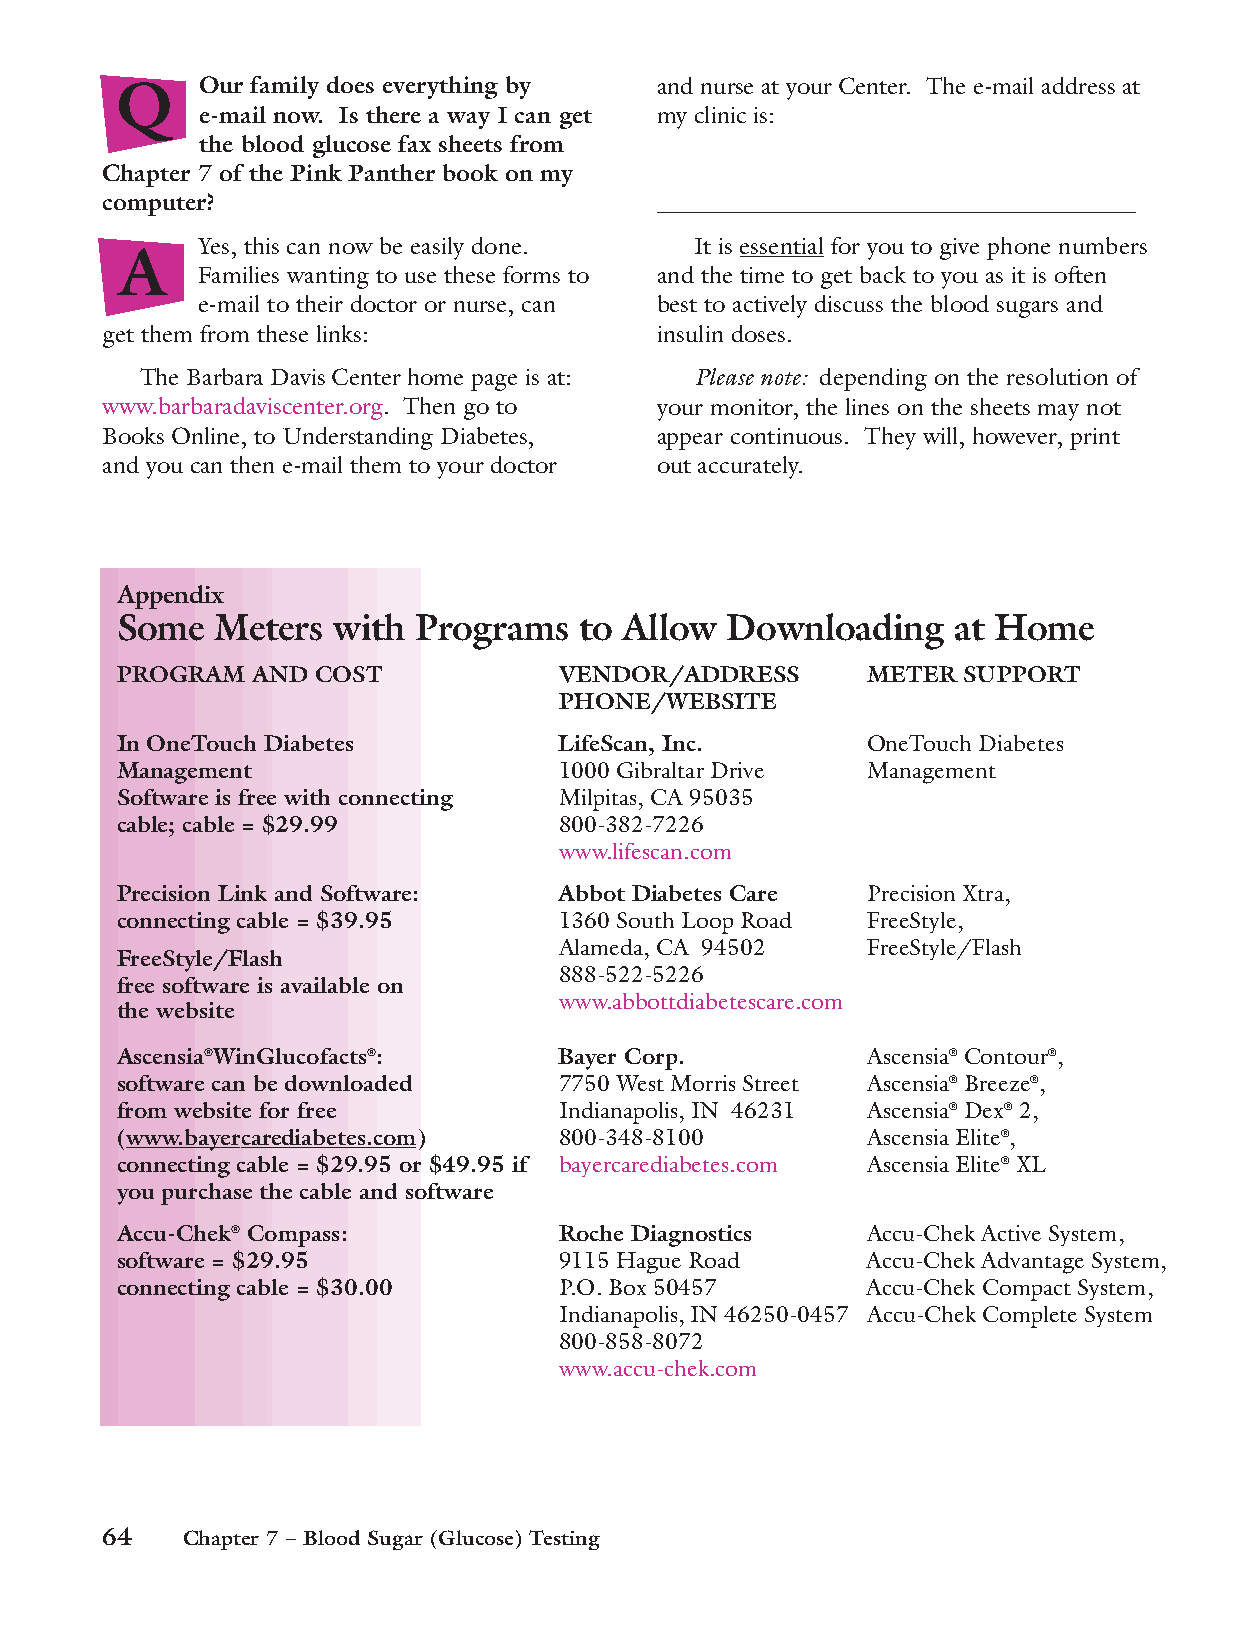
Q    Our family does everything by and nurse at your Center. The e-mail address at
 e-mail now. Is there a way I can get my clinic is:
 the blood glucose fax sheets from
 Chapter 7 of the Pink Panther book on my
 computer?                           ________________________________________
 Yes, this can now be easily done. It is essential for you to give phone numbers
 A
 Families wanting to use these forms to and the time to get back to you as it is often
 e-mail to their doctor or nurse, can best to actively discuss the blood sugars and
 get them from these links:          insulin doses.
 The Barbara Davis Center home page is at: Please note: depending on the resolution of
 www.barbaradaviscenter.org. Then go to your monitor, the lines on the sheets may not
 Books Online, to Understanding Diabetes, appear continuous. They will, however, print
 and you can then e-mail them to your doctor out accurately.
 Appendix
 Some  Meters  with Programs   to Allow  Downloading    at Home
 PROGRAM  AND COST            VENDOR/ADDRESS      METER  SUPPORT
 PHONE/WEBSITE
 In OneTouch Diabetes         LifeScan, Inc.      OneTouch Diabetes
 Management                   1000 Gibraltar Drive Management
 Software is free with connecting Milpitas, CA 95035
 cable; cable = $29.99        800-382-7226
 www.lifescan.com
 Precision Link and Software: Abbot Diabetes Care Precision Xtra,
 connecting cable = $39.95    1360 South Loop Road FreeStyle,
 Alameda, CA 94502   FreeStyle/Flash
 FreeStyle/Flash
 888-522-5226
 free software is available on
 www.abbottdiabetescare.com
 the website
 Ascensia®WinGlucofacts®:     Bayer Corp.         Ascensia® Contour®,
 software can be downloaded   7750 West Morris Street Ascensia® Breeze®,
 from website for free        Indianapolis, IN 46231 Ascensia® Dex® 2,
 (www.bayercarediabetes.com)  800-348-8100        Ascensia Elite®,
 connecting cable = $29.95 or $49.95 if bayercarediabetes.com Ascensia Elite® XL
 you purchase the cable and software
 Accu-Chek® Compass:          Roche Diagnostics   Accu-Chek Active System,
 software = $29.95            9115 Hague Road     Accu-Chek Advantage System,
 connecting cable = $30.00    P.O. Box 50457      Accu-Chek Compact System,
 Indianapolis, IN 46250-0457 Accu-Chek Complete System
 800-858-8072
 www.accu-chek.com
 64   Chapter 7 – Blood Sugar (Glucose) Testing